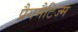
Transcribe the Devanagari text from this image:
प्रैगमैटिज्म